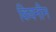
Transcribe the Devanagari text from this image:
किवनीन